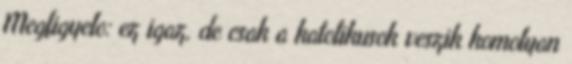
Megfigyelo: ez igaz, de csak a katolikusok veszik komolyan